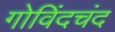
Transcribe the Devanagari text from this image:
गोविंदचंद